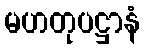
မဟတုပဋ္ဌာနံ